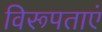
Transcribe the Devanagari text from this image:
विरूपताएं